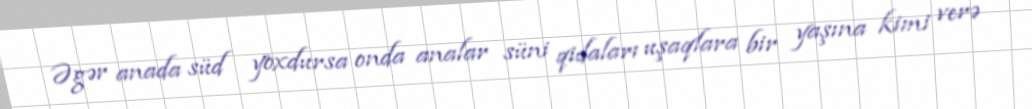
Əgər anada süd yoxdursa onda analar süni qidaları uşaqlara bir yaşına kimi verə